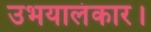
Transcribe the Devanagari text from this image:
उभयालंकार।